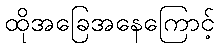
ထိုအခြေအနေကြောင့်